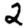
Digit: 2